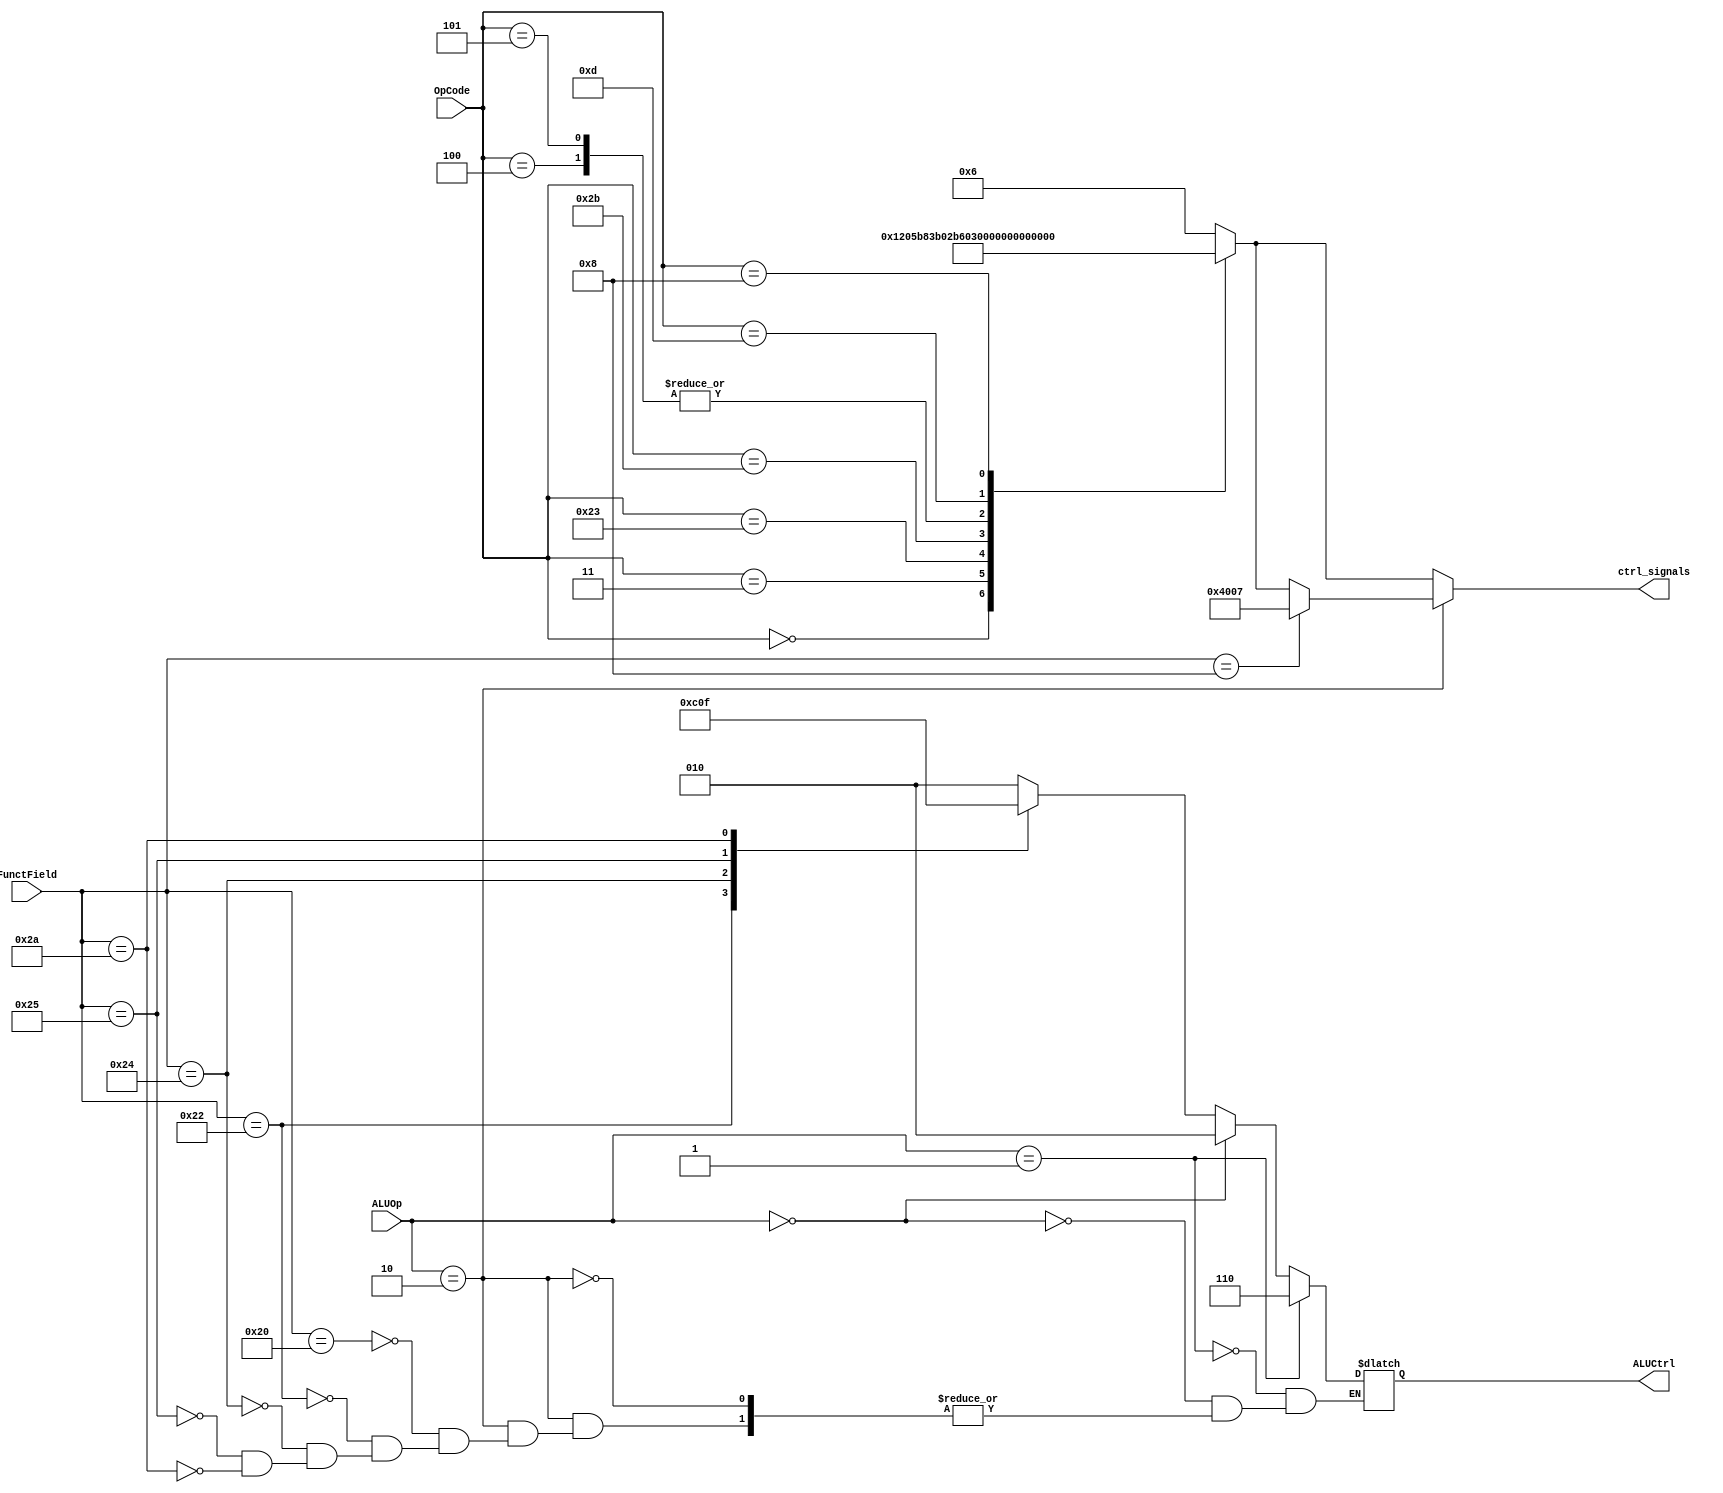
module Controller (
    input [5:0]OpCode,
    output reg[14:0]ctrl_signals,
    input [5:0] FunctField, 
    input [1:0] ALUOp, 
    output reg[2:0] ALUCtrl
);

initial ctrl_signals = 15'b00_00_0_0_00_0_0_000_0;

always @(OpCode, FunctField, ALUOp)
begin
    //ORDER :: ALUOp,RegDst,Branch,MemRead,MemWrite,aluSrc,MemtoReg,RegWrite,ALUCtrl,is_jr
    case(OpCode)
        6'b000000:ctrl_signals = 15'b10_01_0_0_0_0_00_1_011_0; // ordinary r type, not jr
        6'b000010:ctrl_signals = 15'b00_00_0_0_0_0_00_0_011_0;

        6'b000011:ctrl_signals = 15'b11_10_0_0_0_0_11_1_011_0;

        6'b100011:ctrl_signals = 15'b00_00_0_1_0_1_01_1_011_0;
        6'b101011:ctrl_signals = 15'b00_00_0_0_1_1_01_0_011_0;
        6'b000100:ctrl_signals = 15'b01_00_1_0_0_0_01_0_011_0;
        6'b000101:ctrl_signals = 15'b01_00_1_0_0_0_01_0_011_0;
        6'b001101:ctrl_signals = 15'b01_00_0_0_0_1_00_1_001_0;
        6'b001000:ctrl_signals = 15'b01_00_0_0_0_1_00_1_010_0;
        default:  ctrl_signals = 15'b00_00_0_0_0_0_00_0_011_0;
    endcase

    if(ALUOp == 2'b10)
    begin
      case(FunctField)        
        6'b100000: ALUCtrl = 3'b010;    //ADDITION in 'R' Type
        6'b100010: ALUCtrl = 3'b110;    //SUBTRACTION in 'R' Type
        6'b100100: ALUCtrl = 3'b000;    //AND in 'R' Type
        6'b100101: ALUCtrl = 3'b001;    //OR in 'R' Type
        6'b101010: ALUCtrl = 3'b111;    //SLT in 'R' Type
        6'b001000: begin
            //ORDER :: ALUOp,RegDst,Branch,MemRead,MemWrite,aluSrc,MemtoReg,RegWrite,ALUCtrl,is_jr
            ctrl_signals = 15'b10_00_0_0_0_0_00_0_011_1; // jr control signals
        end
      endcase
    end
    
    if(ALUOp == 2'b00)     //'LW/SW' Type Instructions
        ALUCtrl = 3'b010;  //ADDITION irrespective of the FunctField.
    
    if(ALUOp == 2'b01)     //'BEQ', 'BNE' Type Instructions
        ALUCtrl = 3'b110;  //SUBTRACTION irrespective of the FunctField.   



end


endmodule //Controller